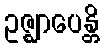
ဥဇ္ဈာပေန္တိ